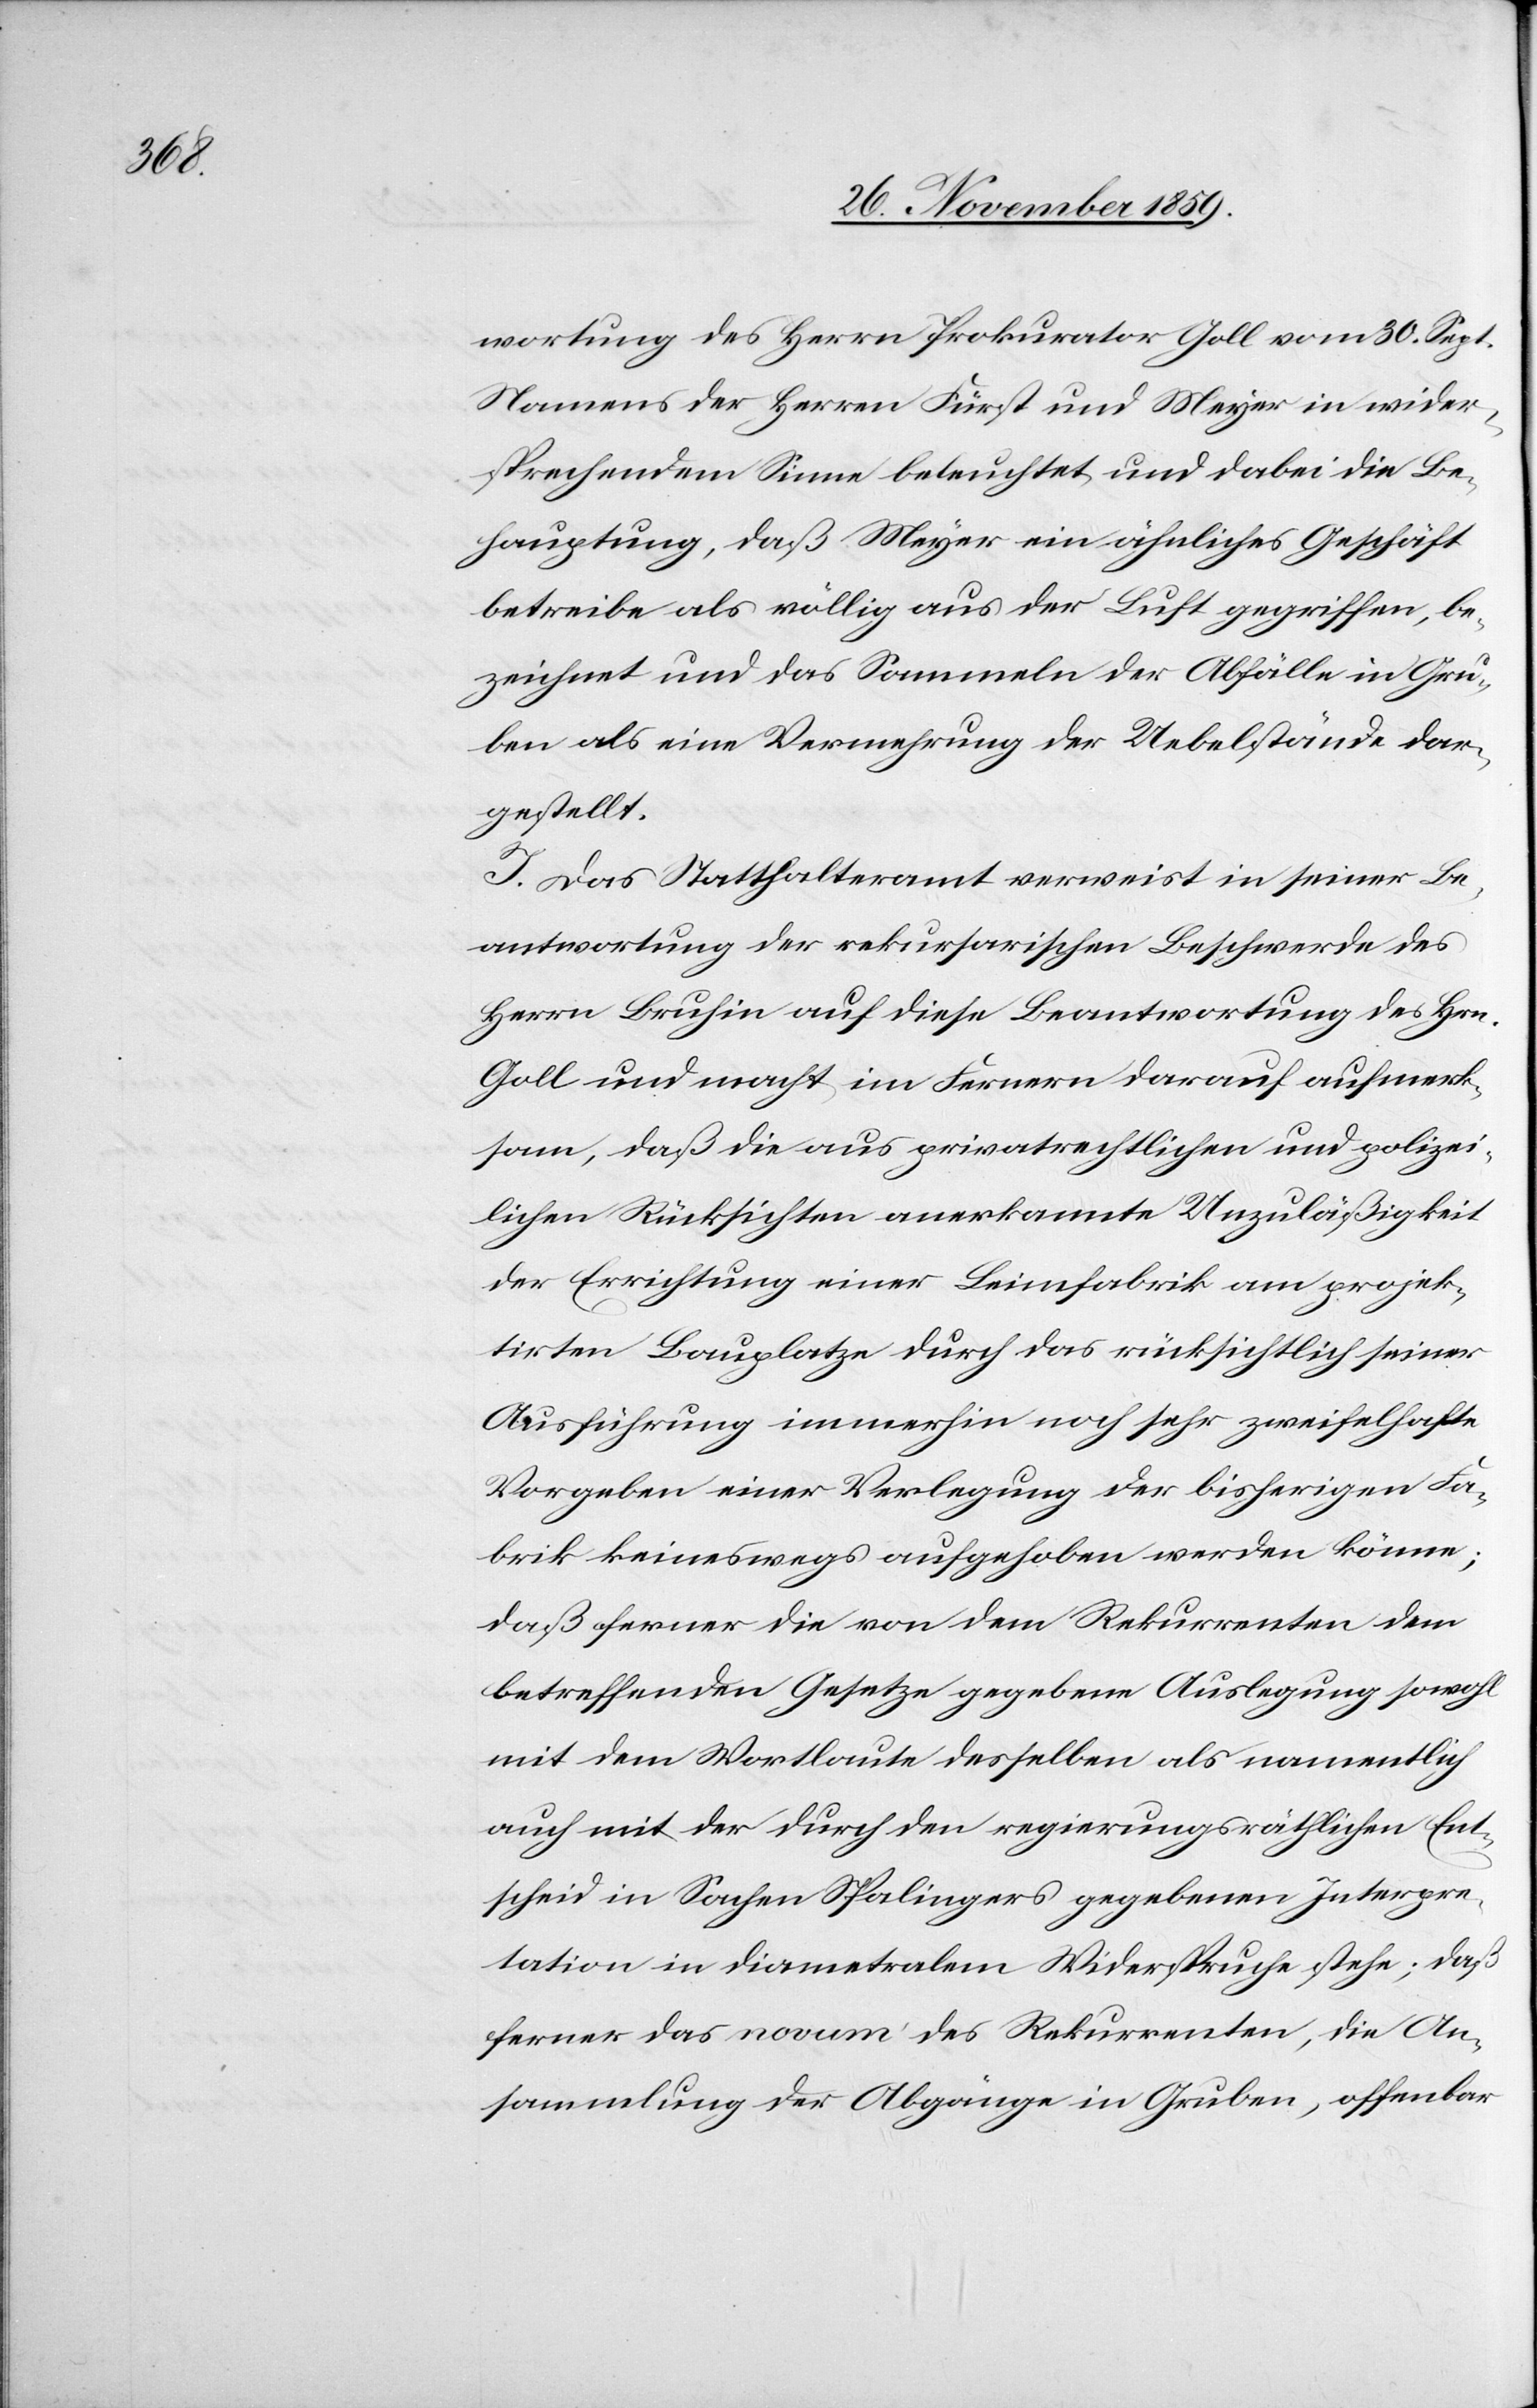
wortung des Herrn Prokurator Goll vom 30. Sept.
Namens der Herren Fürst und Meyer in wider¬
sprechendem Sinne beleuchtet und dabei die Be¬
hauptung, daß Meyer ein ähnliches Geschäft
betreibe als völlig aus der Luft gegriffen, be¬
zeichnet und das Sammeln der Abfälle in Gru¬
ben als eine Vermehrung der Uebelstände dar¬
gestellt.
I. Das Statthalteramt verweist in seiner Be¬
antwortung der rekursarischen Beschwerde des
Herrn Bruhin auf diese Beantwortung des Hrn.
Goll und macht im Fernern darauf aufmerk¬
sam, daß die aus privatrechtlichen und polizei¬
lichen Rücksichten anerkannte Unzuläßigkeit
der Errichtung einer Leimfabrik am projek¬
tirten Bauplatze durch das rücksichtlich seiner
Ausführung immerhin noch sehr zweifelhafte
Vorgeben einer Verlegung der bisherigen Fa¬
brik keineswegs aufgehoben werden könne;
daß ferner die von dem Rekurrenten dem
betreffenden Gesetze gegebene Auslegung sowohl
mit dem Wortlaute desselben als namentlich
auch mit der durch den regierungsräthlichen Ent¬
scheid in Sachen Spalingers gegebenen Interpre¬
tation in diametralem Wiederspruch stehe; daß
ferner das novum des Rekurrenten, die An¬
sammlung der Abgänge in Gruben, offenbar